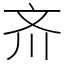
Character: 𪯠